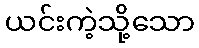
ယင်းကဲ့သို့သော